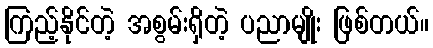
ကြည့်နိုင်တဲ့ အစွမ်းရှိတဲ့ ပညာမျိုး ဖြစ်တယ်။